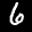
Digit: 6